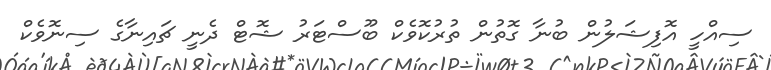
ސިއްހީ އޮފިޝަލުން ބުނާ ގޮތުން ތުރުކޮވެކް ބޫސްޓަރު ޝޮޓް ދެނީ ޗައިނާގެ ސިނޮވެކް